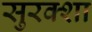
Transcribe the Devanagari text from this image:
सुरक्शा